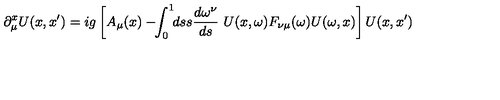
\partial _ { \mu } ^ { x } U ( x , x ^ { \prime } ) = i g \left[ A _ { \mu } ( x ) - \! \! \int _ { 0 } ^ { 1 } \! \! d s s { \frac { d \omega ^ { \nu } } { d s } } \ U ( x , \omega ) F _ { \nu \mu } ( \omega ) U ( \omega , x ) \right] U ( x , x ^ { \prime } )